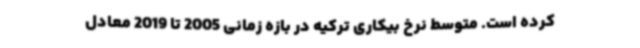
کرده است. متوسط نرخ بیکاری ترکیه در بازه زمانی 2005 تا 2019 معادل